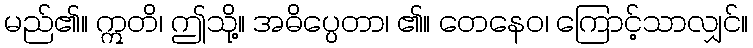
မည်၏။ ဣတိ၊ ဤသို့။ အဓိပ္ပေတာ၊ ၏။ တေနေဝ၊ ကြောင့်သာလျှင်။